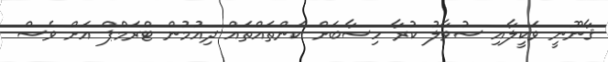
ޤާނޫނީ ވަކީލާއި ސުވާލު ކުރާ ހިސާބަށް ކަންތައްތައް ދިއުމުން ޓްރަމްޕް އަށް ވެސް